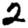
Digit: 2